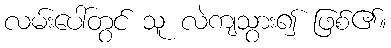
လမ်းပေါ်တွင် သူ လဲကျသွား၍ ဖြစ်၏။